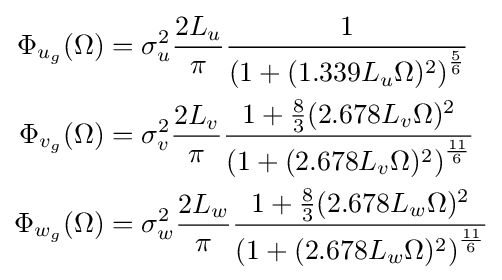
{\begin{aligned}\Phi _{u_{g}}(\Omega )&=\sigma _{u}^{2}{\frac {2L_{u}}{\pi }}{\frac {1}{\left(1+(1.339L_{u}\Omega )^{2}\right)^{\frac {5}{6}}}}\\\Phi _{v_{g}}(\Omega )&=\sigma _{v}^{2}{\frac {2L_{v}}{\pi }}{\frac {1+{\frac {8}{3}}(2.678L_{v}\Omega )^{2}}{\left(1+(2.678L_{v}\Omega )^{2}\right)^{\frac {11}{6}}}}\\\Phi _{w_{g}}(\Omega )&=\sigma _{w}^{2}{\frac {2L_{w}}{\pi }}{\frac {1+{\frac {8}{3}}(2.678L_{w}\Omega )^{2}}{\left(1+(2.678L_{w}\Omega )^{2}\right)^{\frac {11}{6}}}}\end{aligned}}